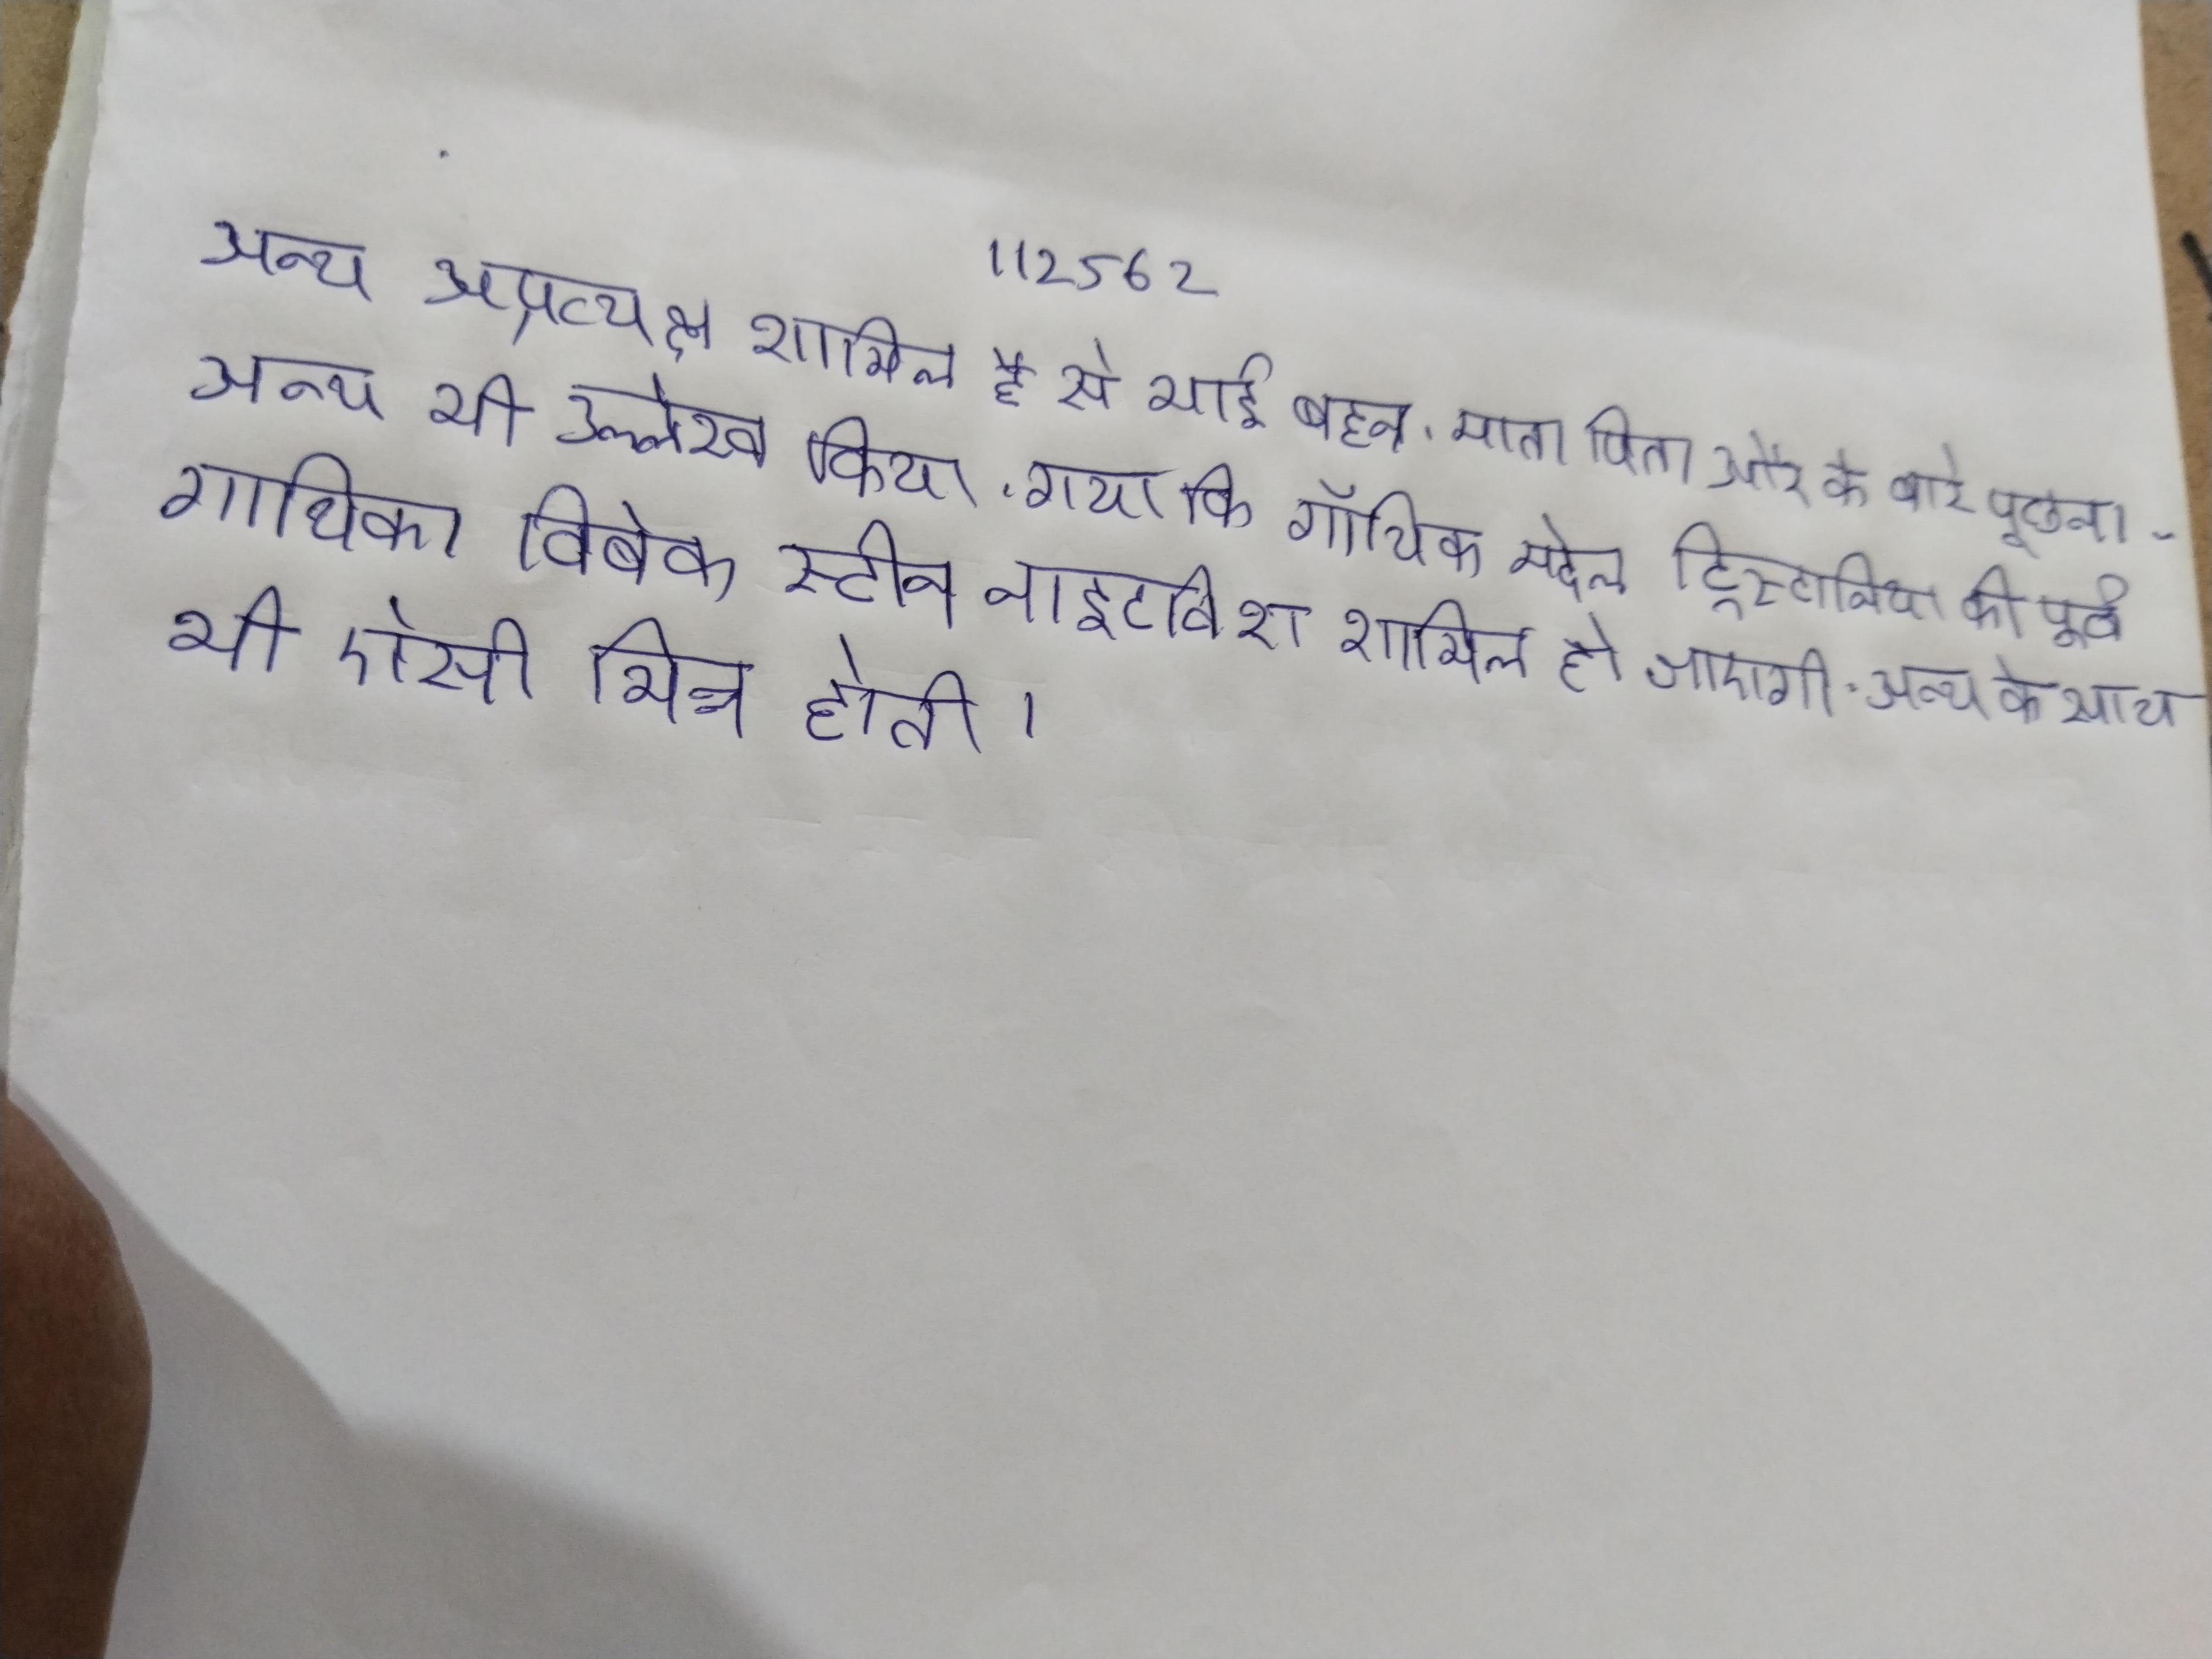
अन्य अप्रत्यक्ष शामिल है से भाई बहन, माता पिता और के बारे पूछना . अन्य भी उल्लेख किया गया कि गॉथिक मेटल ट्रिस्टानिया की पूर्व गायिका विबेक स्टीन नाइटविश शामिल हो जाएगी . अन्य के साथ भी ऐसी भिन्न होती ।